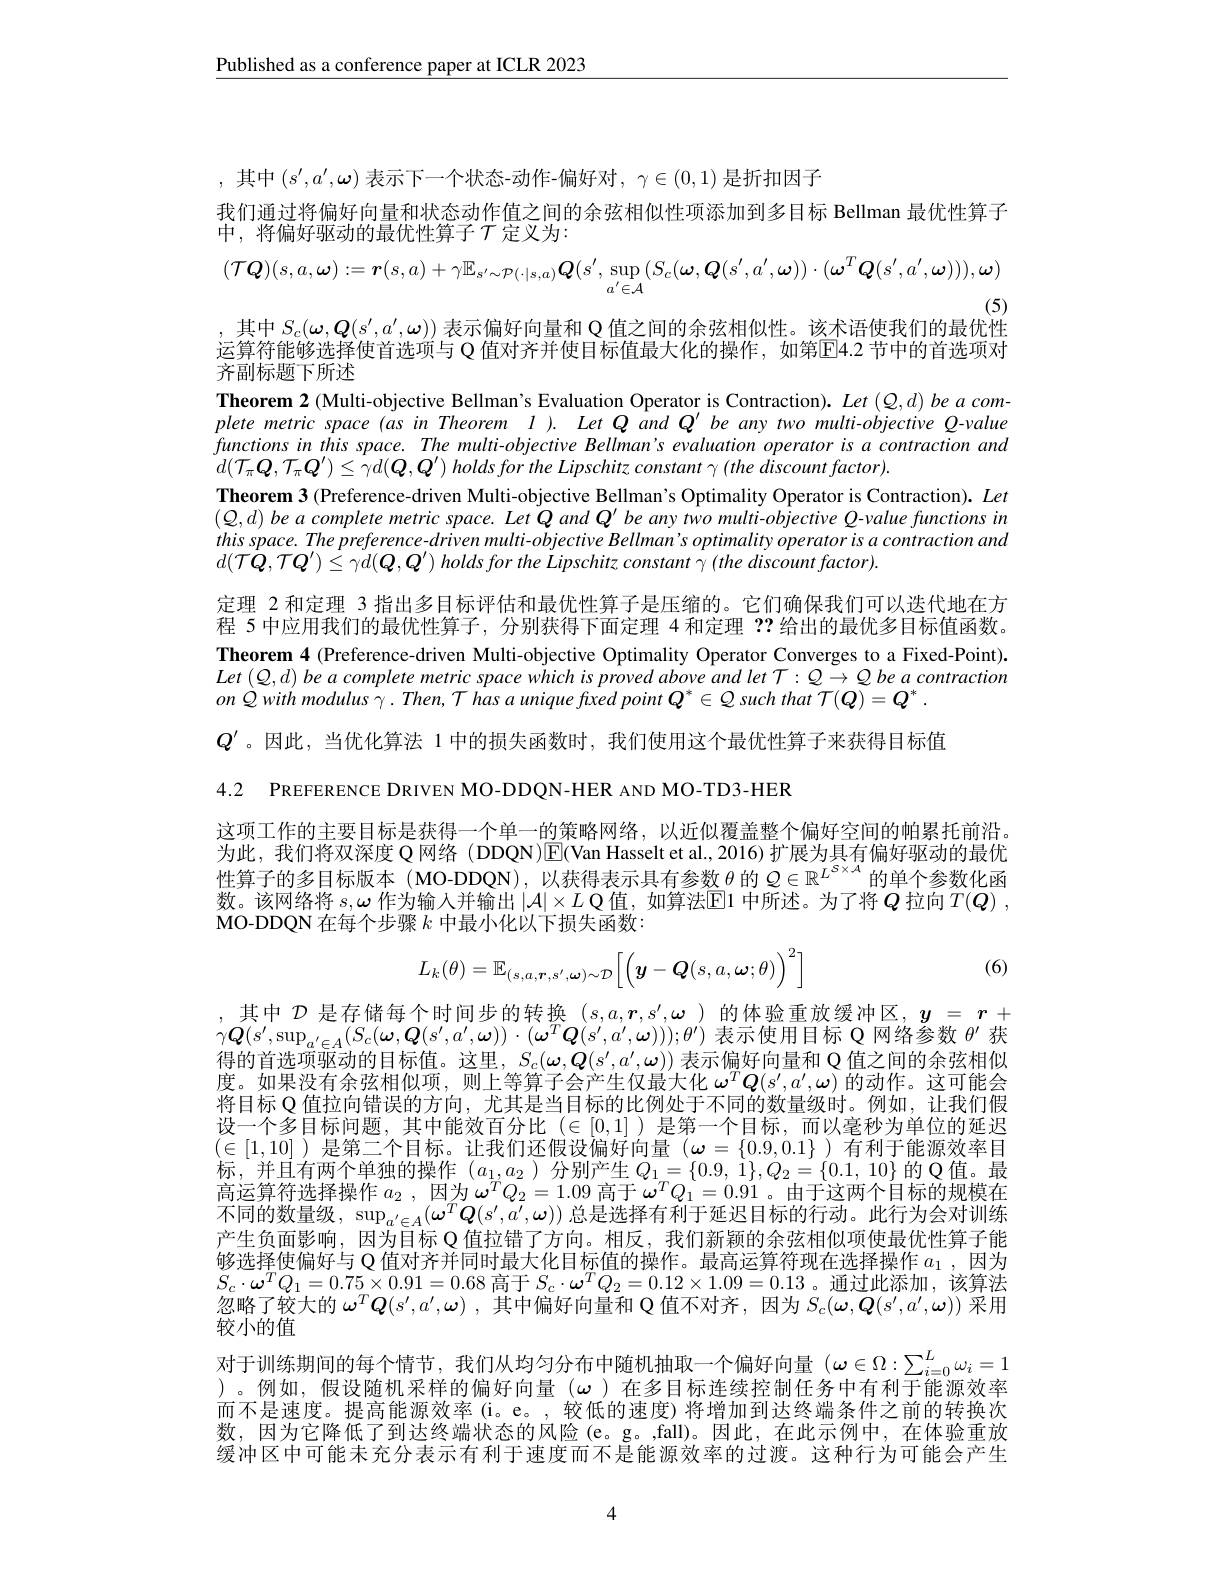
$\underline{\text{Published as a conference paper at ICLR 2023}}$

,其中$(s^{\prime},a^{\prime},\boldsymbol{\omega})$ 表示下一个状态-动作-偏好对，$\gamma\in(0,1)$ 是折扣因子
我们通过将偏好向量和状态动作值之间的余弦相似性项添加到多目标 Bellman 最优性算子
中，将偏好驱动的最优性算子$\mathcal{T}$定义为：
$$(\mathcal{T}\boldsymbol{Q})(s,a,\boldsymbol{\omega}):=\boldsymbol{r}(s,a)+\gamma\mathbb{E}_{s^{\prime}\sim\mathcal{P}(\cdot|s,a)}\boldsymbol{Q}(s^{\prime},\sup_{a^{\prime}\in\mathcal{A}}(S_{c}(\boldsymbol{\omega},\boldsymbol{Q}(s^{\prime},a^{\prime},\boldsymbol{\omega}))\cdot(\boldsymbol{\omega}^{T}\boldsymbol{Q}(s^{\prime},a^{\prime},\boldsymbol{\omega}))),\boldsymbol{\omega})$$
(5)
,其中$S_c(\omega,\boldsymbol{Q}(s^{\prime},a^{\prime},\omega))$表示偏好向量和 Q 值之间的余弦相似性。该术语使我们的最优性

运算符能够选择使首选项与 Q 值对齐并使目标值最大化的操作，如第E4.2 节中的首选项对
齐副标题下所述
Theorem 2 (Multi-objective Bellman's Evaluation Operator is Contraction). Let $(Q,d)$ be $a$ complete metric space (as in Theorem I ). Let Q and Q' be any two multi-objective Q-value functionsin this space. The multi-objective Bellman's evaluation operator is a contraction and $d(\mathcal{T}_{\pi}\boldsymbol{Q},\mathcal{T}_{\pi}\boldsymbol{Q}^{\prime})\leq\dot{\gamma}d(\boldsymbol{Q},\boldsymbol{Q}^{\prime})$ holds for the Lipschitz constant $\gamma$ (the discount factor).
Theorem 3 (Preference-driven Multi-objective Bellman's Optimality Operator is Contraction). Let $(Q,d)$ be a complete metric space. Let Q and Q' be any two multi-objective Q-value functions in this space. The preference-driven multi-objective Bellman' s optimality operator is a contraction and $d(\mathcal{T}Q,\mathcal{T}Q^{\prime})\leq\gamma d(Q,Q^{\prime})$ holds for the Lipschitz constant $\gamma$ (the discount factor).
定理 2 和定理 3 指出多目标评估和最优性算子是压缩的。它们确保我们可以迭代地在方程 5 中应用我们的最优性算子，分别获得下面定理 4 和定理？?给出的最优多目标值函数。Theorem 4 (Preference-driven Multi-objective Optimality Operator Converges to a Fixed-Point). $Let\left(Q,d\right)beacompletemetricspacewhichisprovedaboveandletT:Q\to Qbeacontraction$ $onQwithmodulus\gamma.Then,ThasauniquefxedpointQ^*\in Q$ such that $\mathcal{T}(Q)=Q^*.$ $Q^{\prime}$。因此，当优化算法 1 中的损失函数时，我们使用这个最优性算子来获得目标值4.2 PREFERENCE DRIVEN MO-DDQN-HER AND MO-TD3-HER
这项工作的主要目标是获得一个单一的策略网络，以近似覆盖整个偏好空间的帕累托前沿。

为此，我们将双深度 Q 网络 (DDQN)$\boxed{\mathrm{E}}($Van Hasselt et al.,2016)扩展为具有偏好驱动的最优性算子的多目标版本(MO-DDQN),以获得表示具有参数$\theta$的$Q\in\mathbb{R}^L^{S\times A}$的单个参数化函数。该网络将 $s,\omega$ 作为输人并输出 $|\mathcal{A}|\times L$ Q值，如算法$\operatorname{E}$1 中所述。为了将$Q$ 拉向$T( Q)$ , MO-DDQN 在每个步骤$k$中最小化以下损失函数：

(6)
$$L_{k}(\theta)=\mathbb{E}_{(s,a,\boldsymbol{r},s^{\prime},\boldsymbol{\omega})\sim\mathcal{D}}\Big[\Big(\boldsymbol{y}-\boldsymbol{Q}(s,a,\boldsymbol{\omega};\theta)\Big)^{2}\Big]$$
,其中$\mathcal{D}$是存储每个时间步的转换$(s,a,\boldsymbol{r},s^\prime,\boldsymbol{\omega})$的体验重放缓冲区，$y=r+$ $\gamma\boldsymbol{Q}(s^{\prime},\sup_{a^{\prime}\in A}(S_{c}(\boldsymbol{\omega},\boldsymbol{Q}(s^{\prime},a^{\prime},\boldsymbol{\omega}))\cdot(\boldsymbol{\omega}^{T}\boldsymbol{Q}(s^{\prime},a^{\prime},\boldsymbol{\omega})));\theta^{\prime})$表示使用目标 Q 网络参数$\theta^\prime$获$\bar{\text{得的首选项驱动的目标值。这里，}S_c}(\boldsymbol{\omega},\boldsymbol{Q}(s^{\prime},a^{\prime},\boldsymbol{\omega}))$表示偏好向量和 Q 值之间的余弦相似度。如果没有余弦相似项，则上等算子会产生仅最大化$\omega^T\boldsymbol{Q}(s^{\prime},a^{\prime},\omega)$的动作。这可能会将目标 Q 值拉向错误的方向，尤其是当目标的比例处于不同的数量级时。例如，让我们假设一个多目标问题，其中能效百分比($\in[0,1]$)是第一个目标，而以毫秒为单位的延迟$(\in[1,10]$ )是第二个目标。让我们还假设偏好向量$(\omega=\{0.9,0.1\}$ )有利于能源效率目标，并且有两个单独的操作$(a_1,a_2$ )分别产生$Q_1=\{0.9,1\},Q_2=\{0.1,10\}$的 Q值。最高运算符选择操作$a_{2}$ , $因 为$ $\omega ^{T}Q_{2}= 1. 09$ $高 于$ $\omega ^{T}Q_{1}= 0. 91$。由于这两个目标的规模在不同的数量级，$\sup_{a^{\prime}\in A}(\omega^T\boldsymbol{Q}(s^{\prime},a^{\prime},\omega))$总是选择有利于延迟目标的行动。此行为会对训练产生负面影响，因为目标 Q 值拉错了方向。相反，我们新颖的余弦相似项使最优性算子能够选择使偏好与 Q 值对齐并同时最大化目标值的操作。最高运算符现在选择操作$a_1$ , 因 为 $S_{c}\cdot\omega^{T}Q_{1}=0.75\times0.91=0.68$高于$S_c\cdot\omega^{T}Q_{2}=0.12\times1.09=0.13$。通过此添加，该算法忽略了较大的$\omega ^T\boldsymbol{Q}( s^{\prime }, a^{\prime }, \omega )$ ,其中偏好向量和 Q 值不对齐，因为$S_c(\boldsymbol{\omega},\boldsymbol{Q}(s^{\prime},a^{\prime},\boldsymbol{\omega}))$采用较小的值
对于训练期间的每个情节，我们从均匀分布中随机抽取一个偏好向量($\omega\in\Omega:\sum_i=0^L\omega_i=1$ )。例如，假设随机采样的偏好向量($\omega)在多目标连续控制任务中有利于能源效率$ 而不是速度。提高能源效率(i。e。, 较低的速度)将增加到达终端条件之前的转换次数，因为它降低了到达终端状态的风险(e。g。,fall)。因此，在此示例中，在体验重放缓冲区中可能未充分表示有利于速度而不是能源效率的过渡。这种行为可能会产生

4